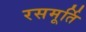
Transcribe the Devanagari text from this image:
रसमूर्ति